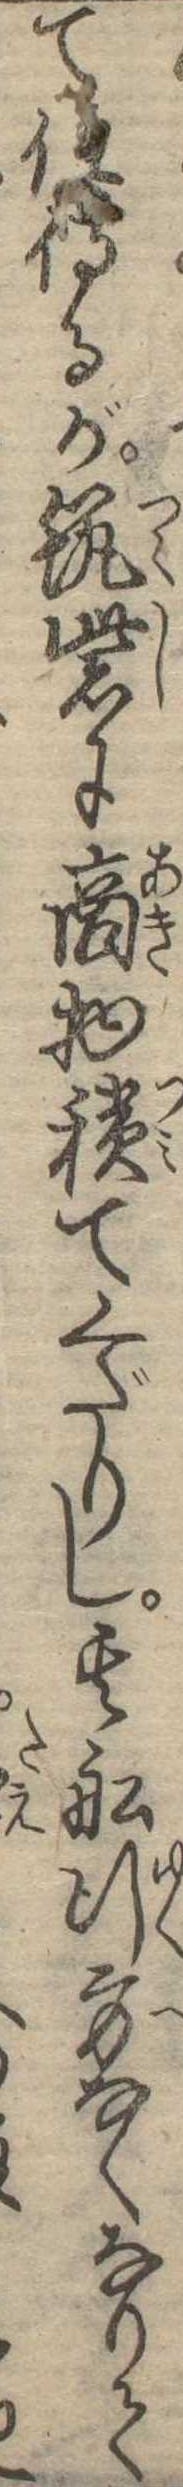
て住侍るが筑紫に商物積てくだりし其船行方なくなりて